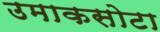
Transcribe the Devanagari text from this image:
उमाकसोटा